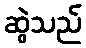
ဆွဲသည်